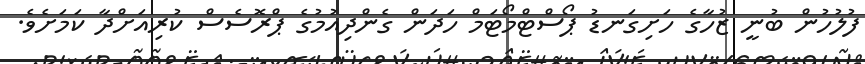
ފުލުހުން ބުނީ ޒުހާގެ ހަށިގަނޑު ޕޯސްޓްމޯޓަމް ހަދަން ގެންދިއުމުގެ ޕްރޮސެސް ކުރިއަށްދާ ކަމަށެވެ.